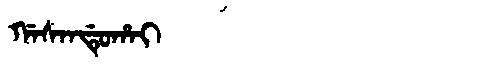
Manchu: ᡤᠠᠰᠠᠨᡩᡠᡥᠠᡳ
Romanization: GASANDUHAI